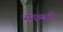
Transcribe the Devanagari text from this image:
सोम्बर्ट